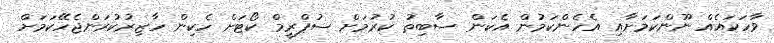
ވާހަކައެއް ނޫންކަމަށާއި އެހެންކަމުން އެކަން ސާބިތު ކުރުމަށް ސުޕްރީމް ކޯޓަށް ހެކިން ހާޒިރުކުރަންޖެހޭކަމަށް